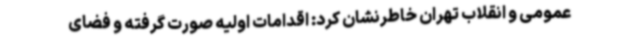
عمومی و انقلاب تهران خاطرنشان کرد: اقدامات اولیه صورت گرفته و فضای